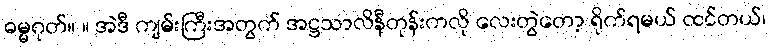
ဓမ္မဂုတ်။ ။ အဲဒီ ကျမ်းကြီးအတွက် အဋ္ဌသာလိနီတုန်းကလို လေးတွဲတော့ ရိုက်ရမယ် ထင်တယ်၊